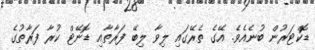
ޑޮކްޓަރުން ބުނެއެެވެ. އޭގެ ތެރޭގައި ލިވާ ލިބޭ ފަރާތާއި ޑޮނޭޓް ކުރާ ފަރާތުގެ